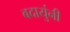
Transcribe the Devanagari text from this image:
बदायुंनी